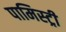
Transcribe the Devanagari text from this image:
पामिस्ट्री